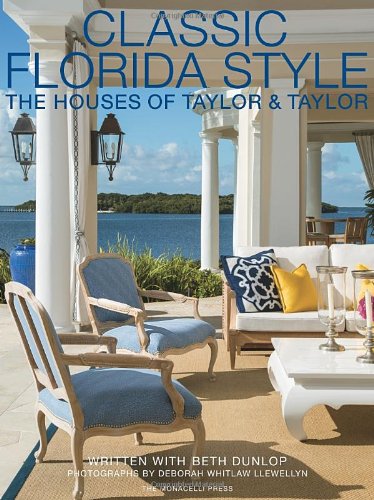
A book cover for Classic Florida Style: The Houses of Taylor & Taylor; William Taylor; Arts & Photography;